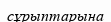
сұрыптарына